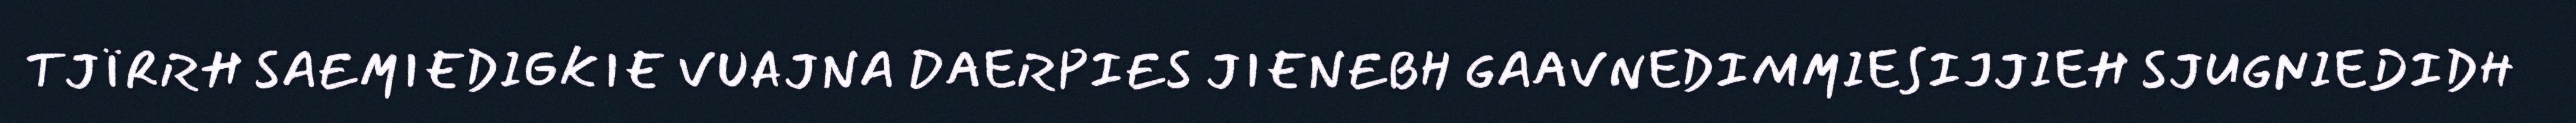
TJÏRRH SAEMIEDIGKIE VUAJNA DAERPIES JIENEBH GAAVNEDIMMIESIJJIEH SJUGNIEDIDH